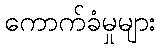
ကောက်ခံမှုများ